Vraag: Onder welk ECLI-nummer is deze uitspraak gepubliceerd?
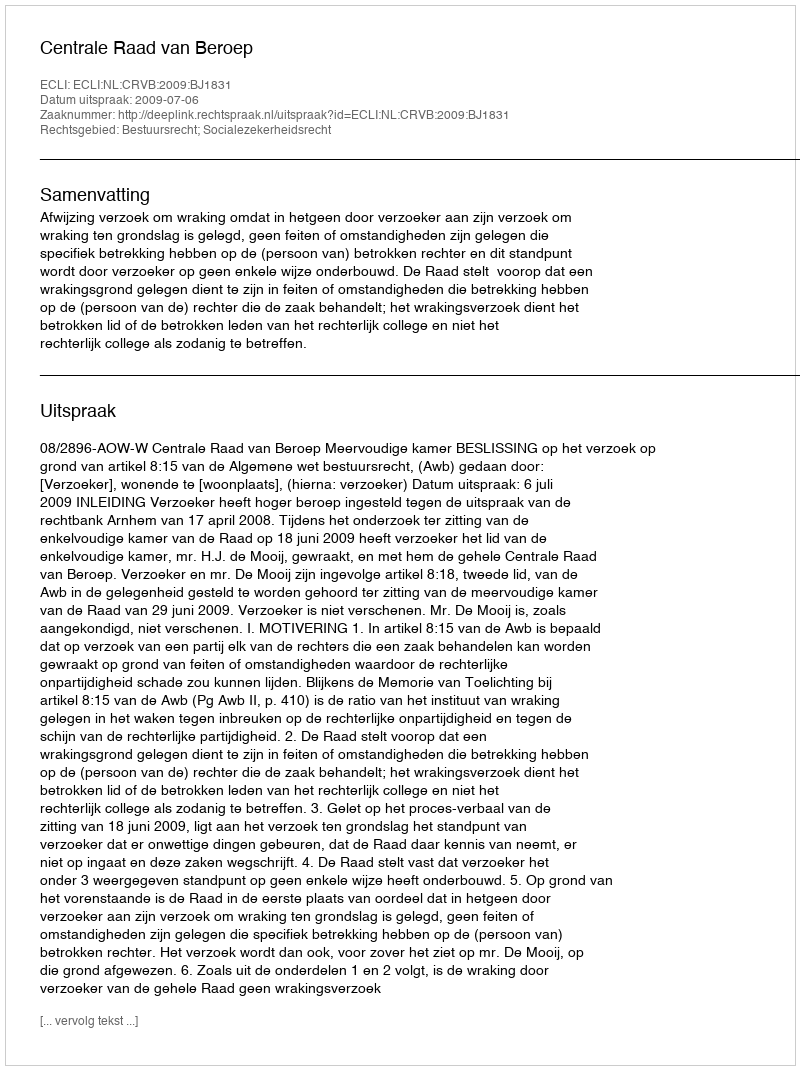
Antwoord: ECLI:NL:CRVB:2009:BJ1831